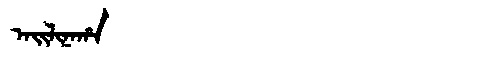
Manchu: ᠠᡳᠯᡳᠨᠠᡥᠠ
Romanization: AILINAHA